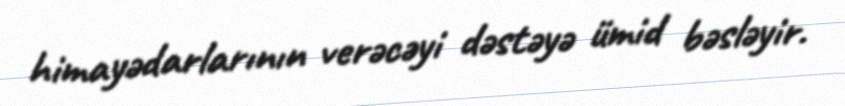
himayədarlarının verəcəyi dəstəyə ümid bəsləyir.